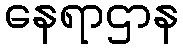
နေရာဌာန